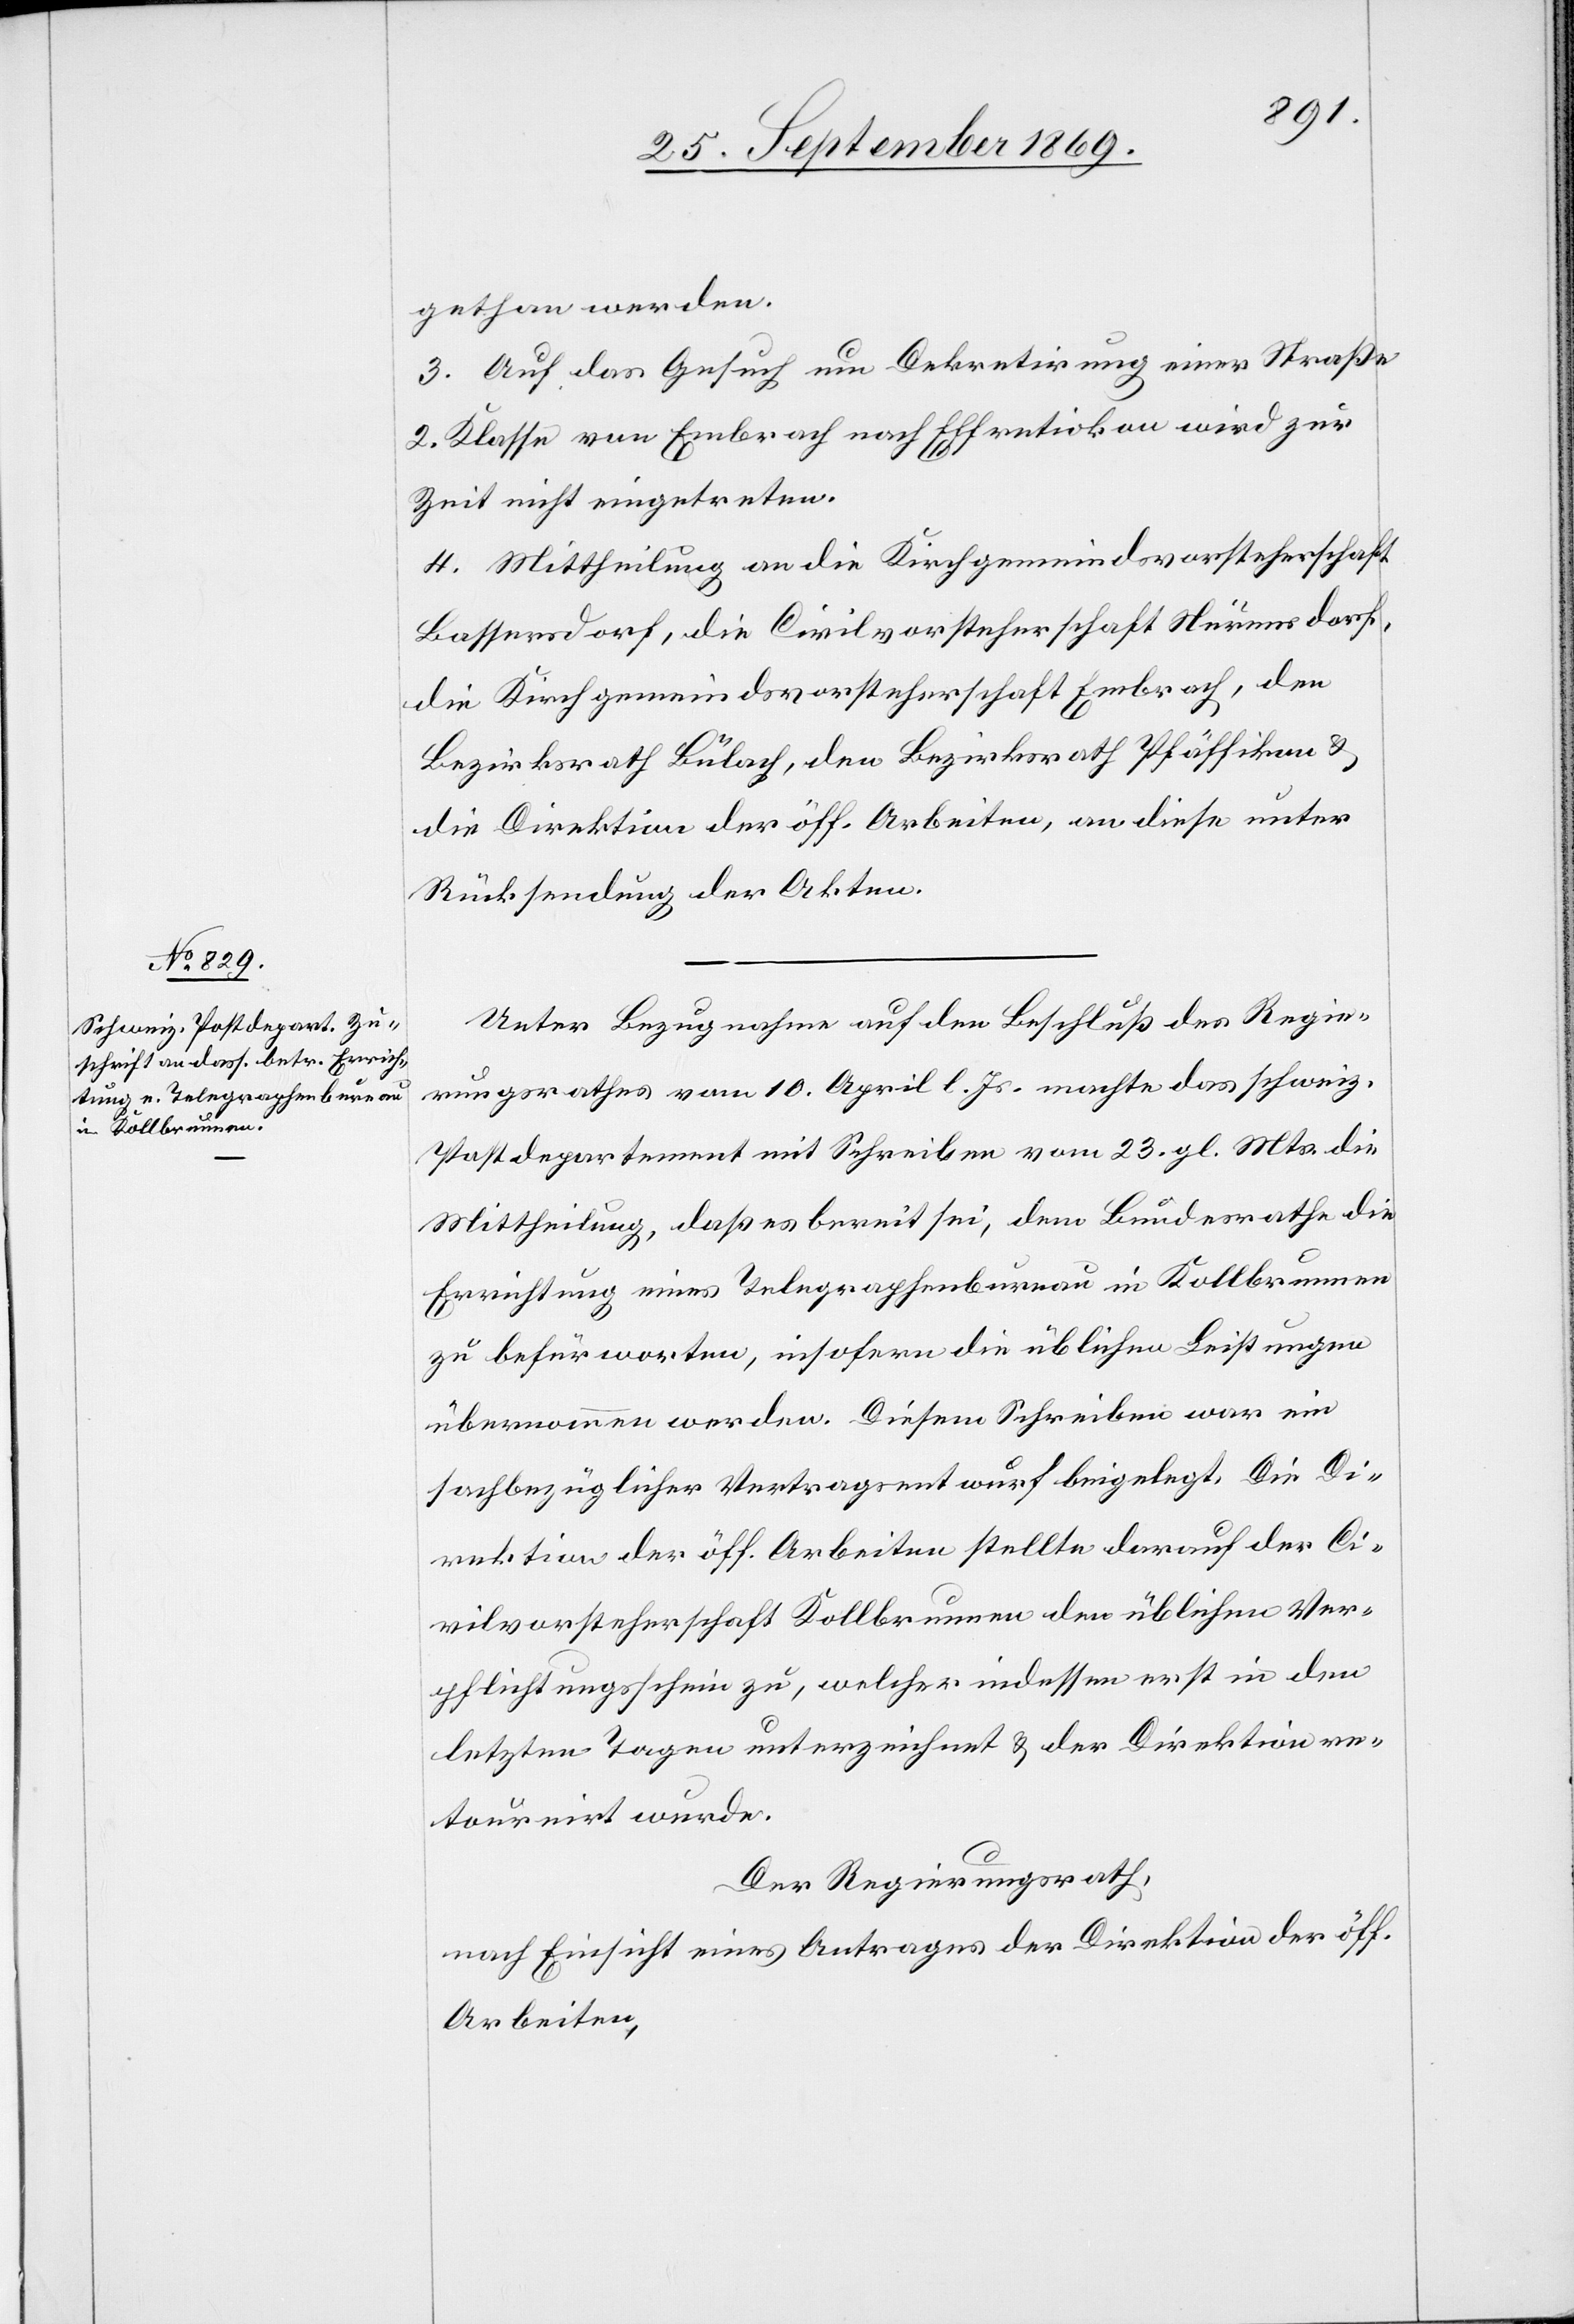
gethan werden.
3. Auf das Gesuch um Dekretirung einer Straße
2. Klasse von Embrach nach Effretikon wird zur
Zeit nicht eingetreten.
4. Mittheilung an die Kirchgemeindsvorsteherschaft
Bassersdorf, die Civilvorsteherschaft Nürensdorf,
die Kirchgemeindsvorsteherschaft Embrach, den
Bezirksrath Bülach, den Bezirksrath Pfäffikon &
die Direktion der öff. Arbeiten, an diese unter
Rücksendung der Akten.
Unter Bezugnahme auf den Beschluß des Regie¬
rungsrathes vom 10. April l. Js. machte das schweiz.
Postdepartement mit Schreiben vom 23. gl. Mts. die
Mittheilung, daß es bereit sei, dem Bundesrathe die
Errichtung eines Telegraphenbureau in Kollbrunnen
zu befürworten, insofern die üblichen Leistungen
übernommen werden. Diesem Schreiben war ein
sachbezüglicher Vertragsentwurf beigelegt. Die Di¬
rektion der öff. Arbeiten stellte darauf der Ci¬
vilvorsteherschaft Kollbrunnen den üblichen Ver¬
pflichtungsschein zu, welcher indessen erst in den
letzten Tagen unterzeichnet & der Direktion re¬
tournirt wurde.
Der Regierungsrath,
nach Einsicht eines Antrages der Direktion der öff.
Arbeiten,